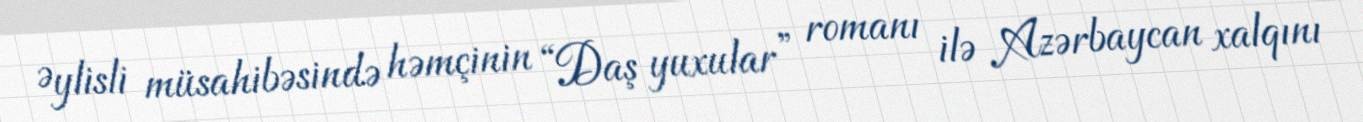
Əylisli müsahibəsində həmçinin “Daş yuxular” romanı ilə Azərbaycan xalqını